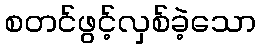
စတင်ဖွင့်လှစ်ခဲ့သော